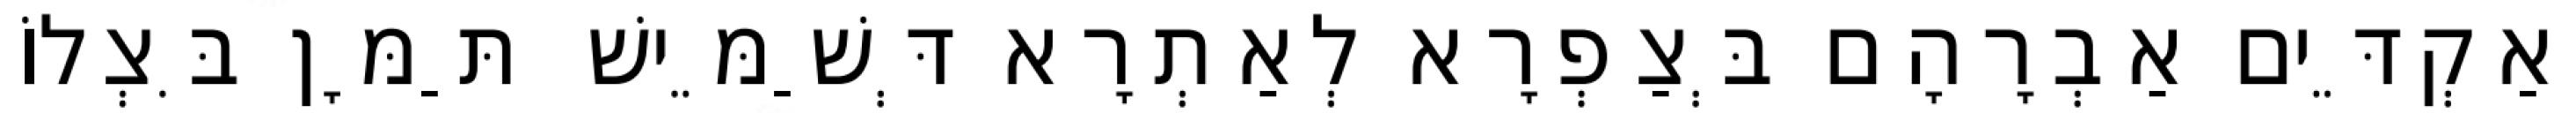
וְאַקְדֵּים אַבְרָהָם בְּצַפְרָא לְאַתְרָא דְּשַׁמֵּישׁ תַּמָּן בִּצְלוֹ